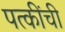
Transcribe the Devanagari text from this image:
पत्कींची